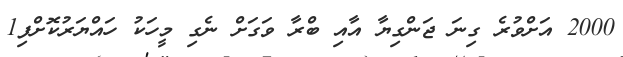
2000 އަށްވުރެ ގިނަ ޖަންގިޔާ އާއި ބްރާ ވަގަށް ނެގި މީހަކު ހައްޔަރުކޮށްފި1